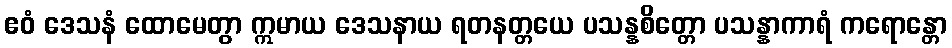
ဧဝံ ဒေသနံ ထောမေတွာ ဣမာယ ဒေသနာယ ရတနတ္တယေ ပသန္နစိတ္တော ပသန္နာကာရံ ကရောန္တော